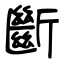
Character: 斷